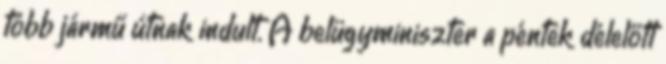
több jármű útnak indult. A belügyminiszter a péntek délelőtt